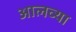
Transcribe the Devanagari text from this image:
आलव्या